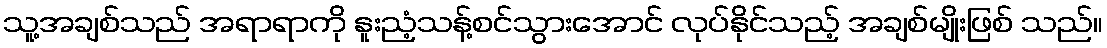
သူ့အချစ်သည် အရာရာကို နူးညံ့သန့်စင်သွားအောင် လုပ်နိုင်သည့် အချစ်မျိုးဖြစ် သည်။